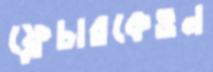
ফ্লেচারকেওন